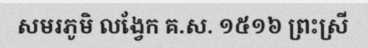
សមរភូមិ លង្វែក គ.ស. ១៥១៦ ព្រះស្រី